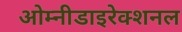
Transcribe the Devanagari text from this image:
ओम्नीडाइरेक्शनल